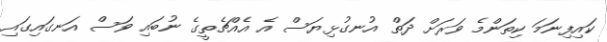
ކައިފިނަމަ ކިތަންމެ ވަރަށް ދަތް އުނގުޅިޔަސް އެ އެއްޗެތީގެ ނުބައި ވަސް އަނގައިގައި